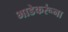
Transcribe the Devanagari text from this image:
भाडेकरूंना